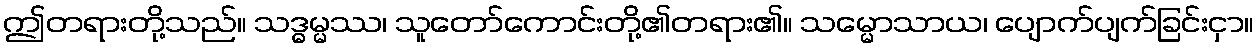
ဤတရားတို့သည်။ သဒ္ဓမ္မဿ၊ သူတော်ကောင်းတို့၏တရား၏။ သမ္မောသာယ၊ ပျောက်ပျက်ခြင်းငှာ။